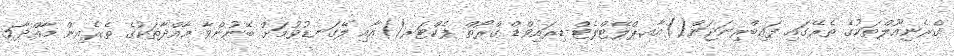
ގްރެނިއޫލްތަކުގެ ތެރޭގައި ފައިބްރިނަޖަން()އާއ